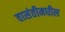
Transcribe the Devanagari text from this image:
वासंतीमधील